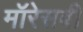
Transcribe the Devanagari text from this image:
मॉरेसबी